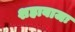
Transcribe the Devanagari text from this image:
शहाबाजः